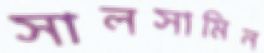
সালসামিন